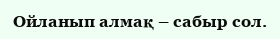
Ойланып алмақ – сабыр сол.